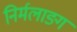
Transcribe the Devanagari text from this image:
निर्मलाङ्ग